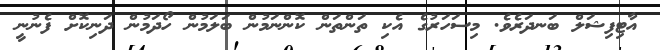
އާޓިފިޝަލް ބަނދަރެވެ. މިސަހަރުގެ އެކި ތަންތަން ކޮންނަމުން ބަލަމުން ހޯދަމުން ދަނިކޮށް ފެނުނީ